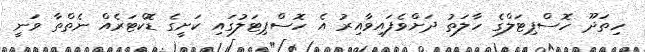
ހިތަދޫ ހޮސްޕިޓަލްގެ ހާލަތު ދަށްވެފައިވާއިރު އެ ހޮސްޕިޓަލުގައި ކަށީގެ ޑޮކްޓަރެއް ނެތްތާ ވަނީ